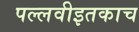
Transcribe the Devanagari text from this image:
पल्लवीइतकाच